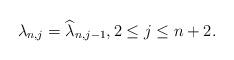
LaTeX: \begin{align*} \lambda_{n,j}= \widehat{\lambda}_{n,j-1}, 2\leq j\leq n+2.\end{align*}